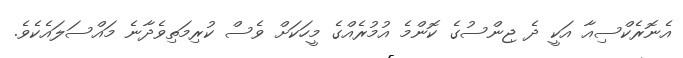
އެނޮރެކްސިއާ އަކީ ދެ ޖިންސުގެ ކޮންމެ އުމުރެއްގެ މީހަކަށް ވެސް ކުރިމަތިވެދާނެ މައްސަލައެކެވެ.